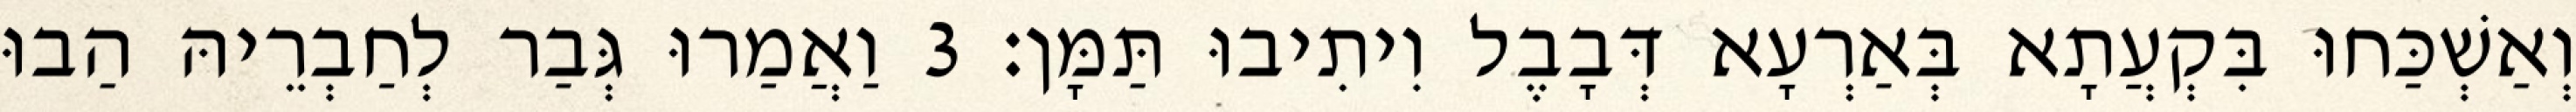
וְאַשְׁכַּחוּ בִּקְעֲתָא בְּאַרְעָא דְּבָבֶל וִיתִיבוּ תַּמָּן׃ 3 וַאֲמַרוּ גְּבַר לְחַבְרֵיהּ הַבוּ